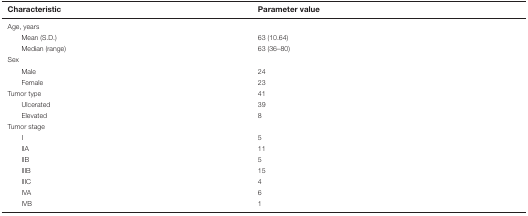
<table><thead><tr><td><b>Characteristic</b></td><td><b>Parameter value</b></td></tr></thead><tbody><tr><td>Age, years</td><td></td></tr><tr><td>Mean (S.D.)</td><td>63 (10.64)</td></tr><tr><td>Median (range)</td><td>63 (36–80)</td></tr><tr><td>Sex</td><td></td></tr><tr><td>Male</td><td>24</td></tr><tr><td>Female</td><td>23</td></tr><tr><td>Tumor type</td><td>41</td></tr><tr><td>Ulcerated</td><td>39</td></tr><tr><td>Elevated</td><td>8</td></tr><tr><td>Tumor stage</td><td></td></tr><tr><td>I</td><td>5</td></tr><tr><td>IIA</td><td>11</td></tr><tr><td>IIB</td><td>5</td></tr><tr><td>IIIB</td><td>15</td></tr><tr><td>IIIC</td><td>4</td></tr><tr><td>IVA</td><td>6</td></tr><tr><td>IVB</td><td>1</td></tr></tbody></table>